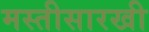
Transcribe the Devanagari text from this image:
मस्तीसारखी